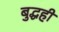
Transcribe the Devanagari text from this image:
बुद्धही